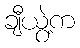
ချီယွဲ့က